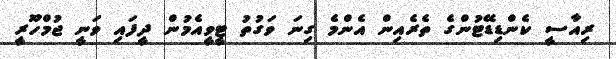
ރިއާސީ ކެންޑިޑޭޓުންގެ ތެރެއިން އެންމެ ގިނަ ވަގުތު ޓީވީއެމުން ދީފައި ވަނީ ޖުމްހޫރީ